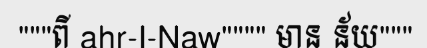
"""ពី ahr-I-Naw"""" មាន ន័យ"""